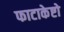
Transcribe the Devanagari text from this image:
फाटाकेष्टो